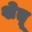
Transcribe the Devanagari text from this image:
शेतू